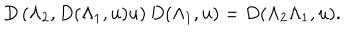
D \left( \Lambda _ { 2 } , D ( \Lambda _ { 1 } , u ) u \right) D ( \Lambda _ { 1 } , u ) = D ( \Lambda _ { 2 } \Lambda _ { 1 } , u ) .